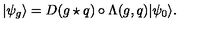
| \psi _ { g } \rangle = D ( g \star q ) \circ \Lambda ( g , q ) | \psi _ { 0 } \rangle .